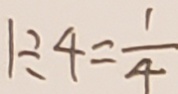
1 \div 4 = \frac { 1 } { 4 }